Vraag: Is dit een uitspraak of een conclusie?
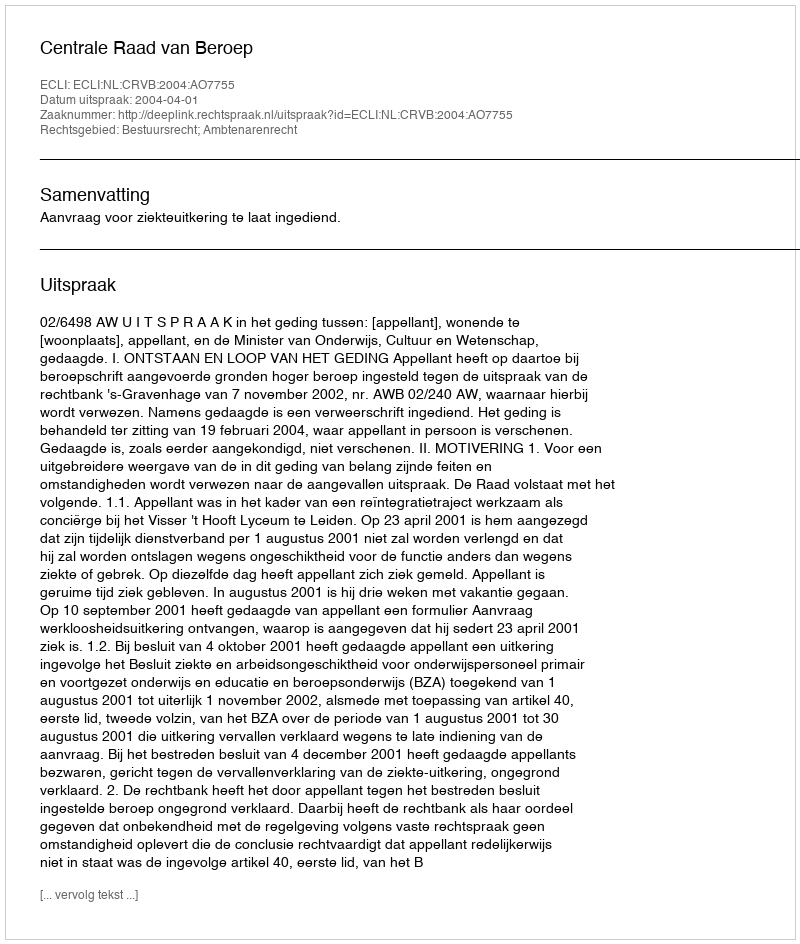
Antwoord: Uitspraak